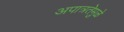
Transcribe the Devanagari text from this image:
अपात्रतेमुळे